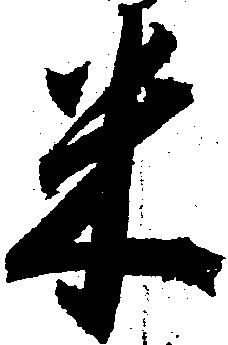
米